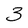
Character: 3